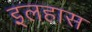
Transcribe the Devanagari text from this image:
इलहास